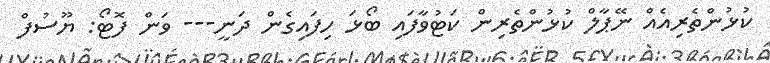
ކުޅުންތެރިއެއް ނޭޕާލް ކުޅުންތެރިން ކަޓުވާފައި ބޯޅަ ހިފައިގެން ދަނީ--- ވަން ފޮޓޯ: ޔޫސުފް